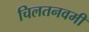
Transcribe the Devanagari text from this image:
चिलतनवमी